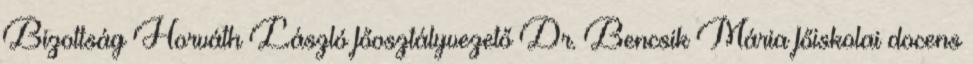
Bizottság Horváth László főosztályvezető Dr. Bencsik Mária főiskolai docens